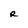
Character: R